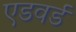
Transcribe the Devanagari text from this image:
एडवर्ड